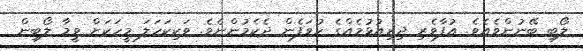
ލޯބި ބޭނުންވެއެވެ. އުފާވެރި ދިރިއުޅުމެއްގެ ހުވަފެން ދެކެމުންނެވެ. ވަކިކަހަލަ މީހަކަށް ވީމާ ލޯބިން